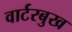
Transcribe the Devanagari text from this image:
वार्टरबुख